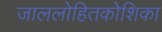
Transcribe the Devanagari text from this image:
जाललोहितकोशिका